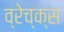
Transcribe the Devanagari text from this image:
व्रेच्क्स